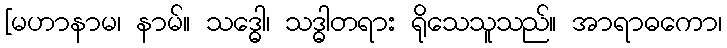
[မဟာနာမ၊ နာမ်။ သဒ္ဓေါ၊ သဒ္ဓါတရား ရိုသေသူသည်။ အာရာဓကော၊